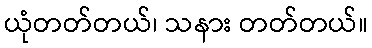
ယုံတတ်တယ်၊ သနား တတ်တယ်။